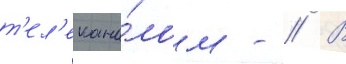
т'ел'екана́лом - // В